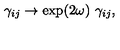
\gamma _ { i j } \to \exp ( 2 \omega ) \ \gamma _ { i j } ,